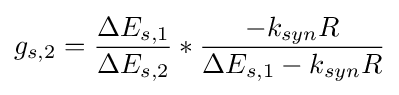
g_{s,2}={\dfrac {\Delta E_{s,1}}{\Delta E_{s,2}}}*{\dfrac {-k_{syn}R}{\Delta E_{s,1}-k_{syn}R}}